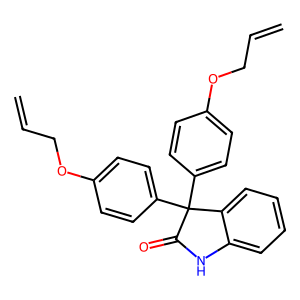
SMILES: C=CCOc1ccc(C2(c3ccc(OCC=C)cc3)C(=O)Nc3ccccc32)cc1
Inhibits HIV replication: No